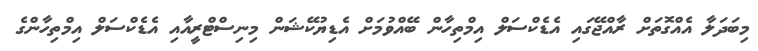
މިބަދަލާ އެއްގޮތަށް ރާއްޖޭގައި އެޑެކްސަލް އިމްތިހާން ބޭއްވުމަށް އެޑިޔުކޭޝަން މިނިސްޓްރީއާއި އެޑެކްސަލް އިމްތިހާންގެ